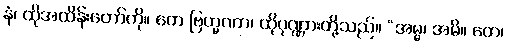
နံ၊ ထိုအထိန်းတော်ကို။ တေ ဗြဟ္မဏာ၊ ထိုပုဏ္ဏားတို့သည်။ “အမ္မ၊ အမိ။ တေ၊